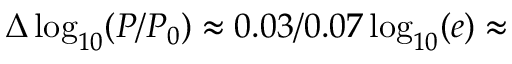
\Delta \log _ { 1 0 } ( P / P _ { 0 } ) \approx 0 . 0 3 / 0 . 0 7 \log _ { 1 0 } ( e ) \approx